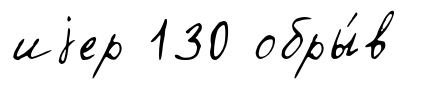
иjер 130 обры́в